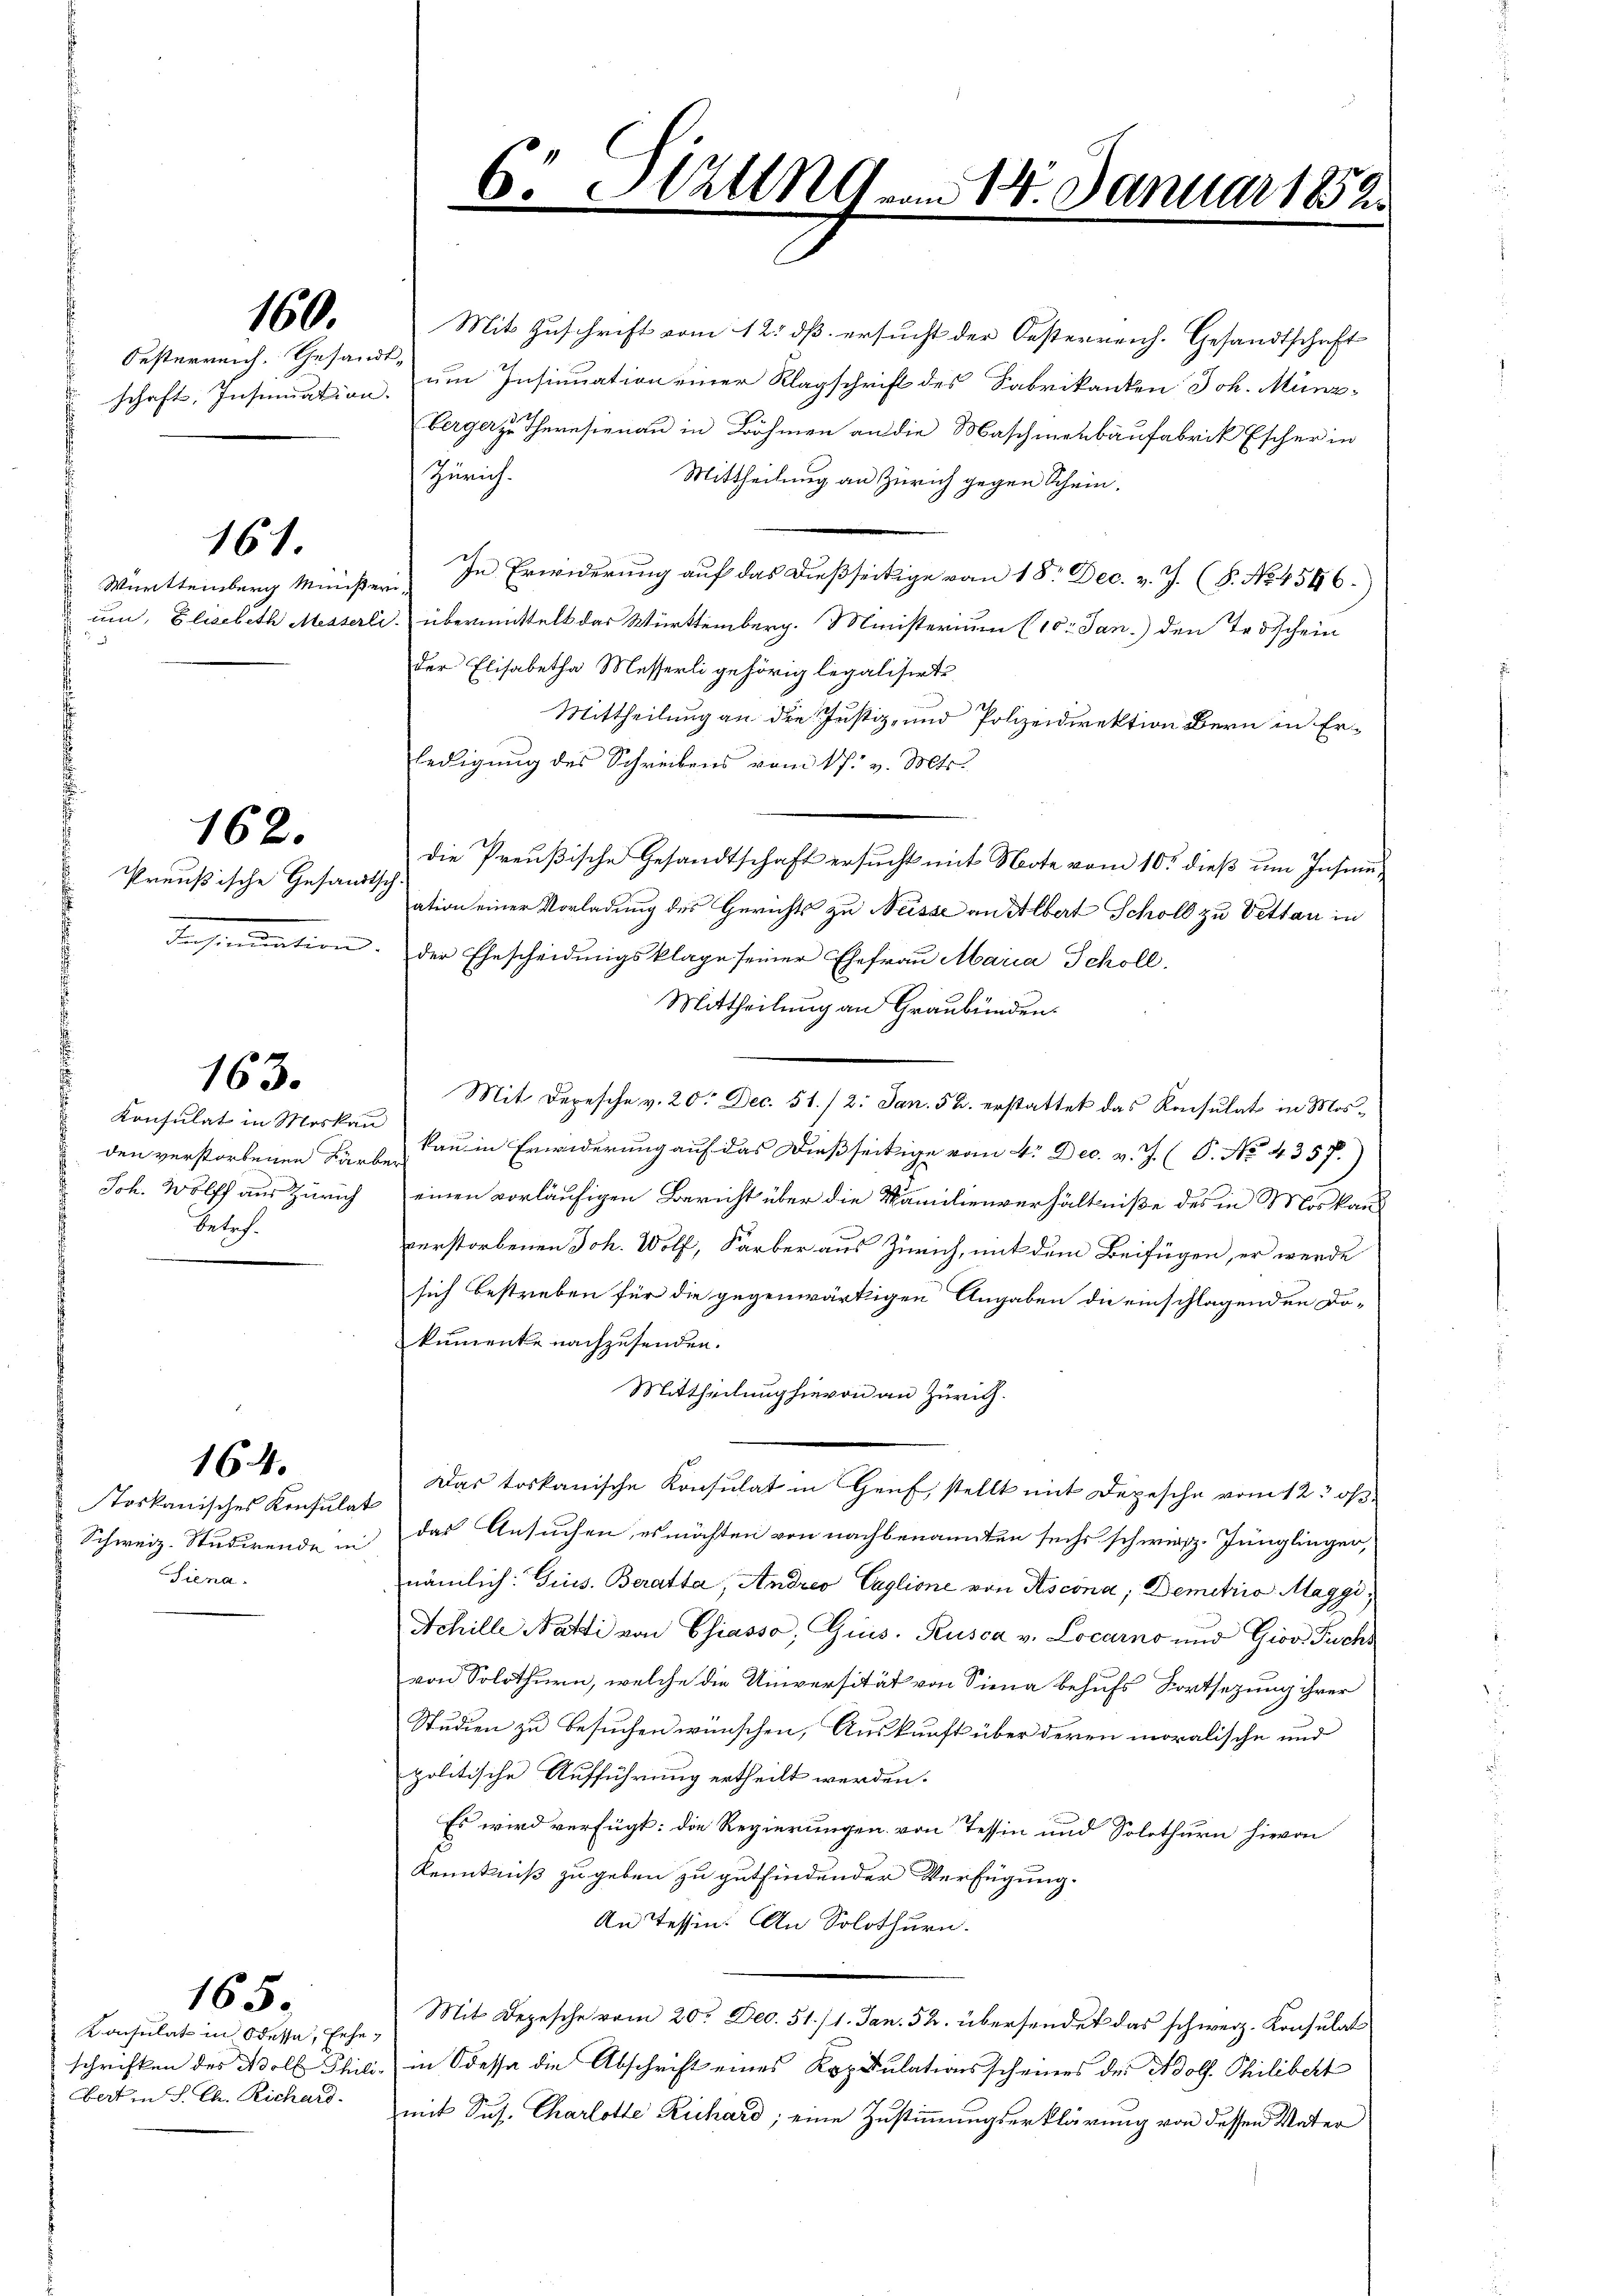
161.

162.

160.

Oesterreich. Gesandt-

Preußische Gesandtsch

163.

Konsulat in Moskau
Beleh

Toskanisches Konsulat
Siena

164.

165.

Konsulat in Odessa, Erhebert in S. Ch. Richard.

2l vom 14. Januar 1852
6 c.

Mit Zuschrift vom 12. dß ersucht der Oesterreich. Gesandtschaft
schaft, Insumation, um Insinuation einer Klagschrift des Fabrikanten Joh. Münz-
berger zu Theresienau in Böhmen an die Maschinenbaufabrik Escher in
Zürich.
Mittheilung an Zürich gegen Schein.
Württemberg Minister. In Erwiderung auf das dießseitige vom 18. Dec. v. J. (S. No 1546.)
um, Elisabeth Messerli übermittelt das Württemberg. Ministerium (10. Jan.) den Todschein
der Elisabetha Messerli gehörig legalisirte
Mittheilung an die Justiz- und Polizeidirektion Bern in Er-
ledigung des Schreibens vom 17. v. Mts.
Die Preußische Gesandtschaft ersucht mit Note vom 10ten dieß um Insinuation einer Vorladung des Gerichts zu Neisse an Albert Scholl zu Vetten in
Insinuation. Der Ehescheidungsklage seiner Ehefrau Maria Schöll,
Mittheilung an Graubünden.
Mit Depesche v. 20. Dec. 51./2. Jan. 52. erstattet das Konsulat in Mosden verstorbenen Farbe an in Erwiderung auf das dießseitige vom 4. Dec. v. J. (P. No. 4357.
Joh. Wolff aus Zürich einen vorläufigen Bericht über die Familienverhältniße des in Moskau
verstorbenen Joh. Wolf, Farber aus Zürich, mit dem Beifügen, er werde
sich bestreben für die gegenwärtigen Angaben die einschlagenden Dokumente nachzusenden.
Mittheilung hievon an Zürich.
Das toskanische Konsulat in Genf, stellt mit Depesche vom 12t os
Schweiz. Studirende in das Ansuchen, es möchten von nachbenannten sechs schwirz. Jünglingen,
nämlich: Gins. Beratta, Andreo Caglione von Ascona; Demetris Maggi
Achille Natti von Chiasso, Gius. Rusca v. Locarno und Giov Fuchs
von Solothurn, welche die Universität von Siena behufs Fortsezung ihrer
Studien zu besuchen wünschen, Auskunft über deren moralische und
politische Aufführung ertheilt werden.
Es wird verfügt: die Regierungen von Tessin und Solothurn hievon
Kenntniß zu geben zu gutfindender Verfügung
An Tessin. An Solothurn.
Mit Depesche vom 20. Dec. 51./1. Jan. 52. übersendet das schweiz. Konsulat
schriften des Adolf Phili, in Odessa die Abschrift eines Kopulationsscheines der Adolf Philibert
mit Sus. Charlotte Richard, eine Zustimmungserklärung von dessen Vater